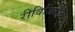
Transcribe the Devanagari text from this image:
रीविजिटेड